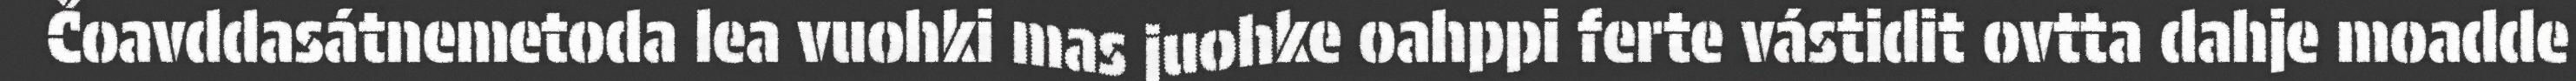
Čoavddasátnemetoda lea vuohki mas juohke oahppi ferte vástidit ovtta dahje moadde